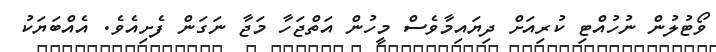
ވޯޓުލުން ނުހުއްޓި ކުރިއަށް ދިޔައިމާވެސް މީހުން އަތްޖަހާ މަޖާ ނަގަން ފެށިއެވެ. އެއްބަޔަކު